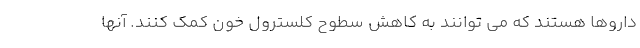
داروها هستند که می توانند به کاهش سطوح کلسترول خون کمک کنند. آنها